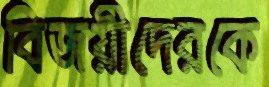
বিজয়ীদেরকে